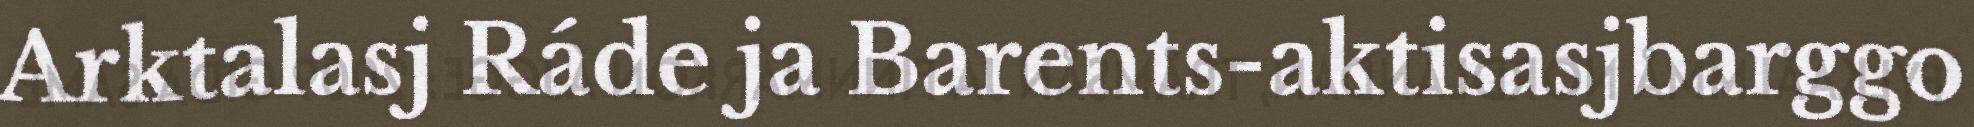
Arktalasj Ráde ja Barents-aktisasjbarggo